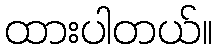
ထားပါတယ်။